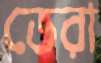
ডেরা